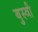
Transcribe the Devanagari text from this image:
बुस्वी